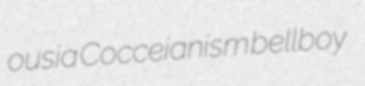
ousia Cocceianism bellboy